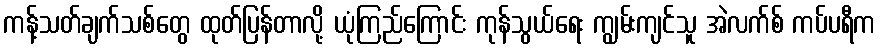
ကန့်သတ်ချက်သစ်တွေ ထုတ်ပြန်တာလို့ ယုံကြည်ကြောင်း ကုန်သွယ်ရေး ကျွမ်းကျင်သူ အဲလက်စ် ကပ်ပရီက